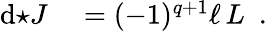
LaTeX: \begin{array}{rl}{\mathrm{d}{\star J}}&{{}=(-1)^{q+1}\ell\, L~~.}\end{array}